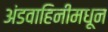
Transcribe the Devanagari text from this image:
अंडवाहिनीमधून